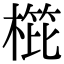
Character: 𣖰